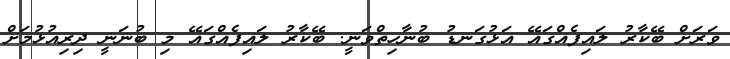
ވަރަށް ބޭކާރު ލައިފެއްގައޭ އަޅުގަނޑު ބުނާހިތްވަނީ. ބޭކާރު ލައިފެއްގައޭ މި ބުނަނީ ދިރިއުޅުމަށް